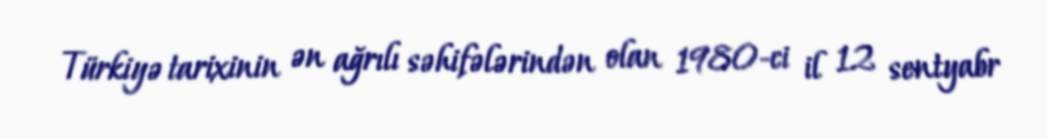
Türkiyə tarixinin ən ağrılı səhifələrindən olan 1980-ci il 12 sentyabr